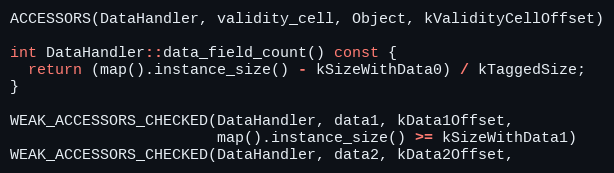
Language: C
ACCESSORS(DataHandler, validity_cell, Object, kValidityCellOffset)

int DataHandler::data_field_count() const {
  return (map().instance_size() - kSizeWithData0) / kTaggedSize;
}

WEAK_ACCESSORS_CHECKED(DataHandler, data1, kData1Offset,
                       map().instance_size() >= kSizeWithData1)
WEAK_ACCESSORS_CHECKED(DataHandler, data2, kData2Offset,